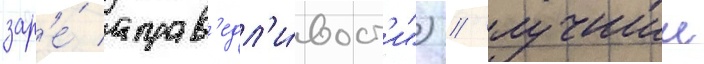
зар'е́ справ'едл'и́вост'и") / лучшии